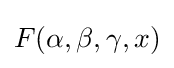
F(\alpha ,\beta ,\gamma ,x)